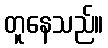
တူနေသည်။